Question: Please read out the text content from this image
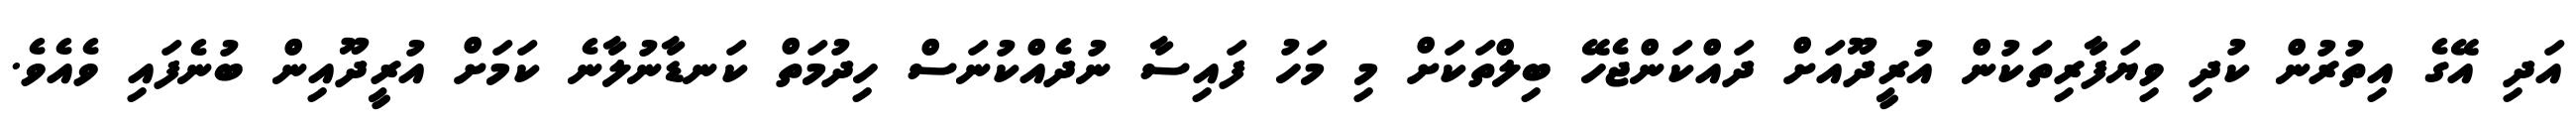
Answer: އަދި އޭގެ އިތުރުން ކުދި ވިޔަފާރިތަކުން އުރީދޫއަށް ދައްކަންޖެހޭ ބިލްތަކަށް މި މަހު ފައިސާ ނުދެއްކުނަސް ހިދުމަތް ކަނޑާނުލާނެ ކަމަށް އުރީދޫއިން ބުނެފައި ވެއެވެ.